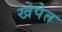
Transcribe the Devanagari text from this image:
खेपेत